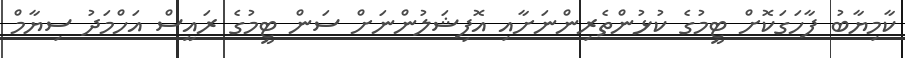
ކާމިޔާބު ފާހަގަކޮށް ޓީމުގެ ކުޅުންތެރިންނަށާއި އޮފިޝަލުންނަށް ސަން ޓީމުގެ ރައީސް އަހްމަދު ސިޔާމް